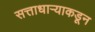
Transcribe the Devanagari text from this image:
सत्ताधाऱ्याकडून